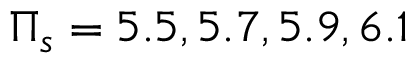
\Pi _ { s } = 5 . 5 , 5 . 7 , 5 . 9 , 6 . 1